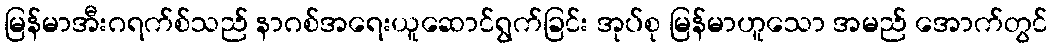
မြန်မာအီးဂရက်စ်သည် နာဂစ်အရေးယူဆောင်ရွက်ခြင်း အုပ်စု မြန်မာဟူသော အမည် အောက်တွင်